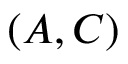
( A , C )